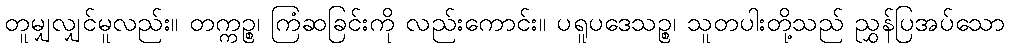
တူမျှလျှင်မူလည်း။ တက္ကဉ္စ၊ ကြံဆခြင်းကို လည်းကောင်း။ ပရူပဒေသဉ္စ၊ သူတပါးတို့သည် ညွှန်ပြအပ်သော